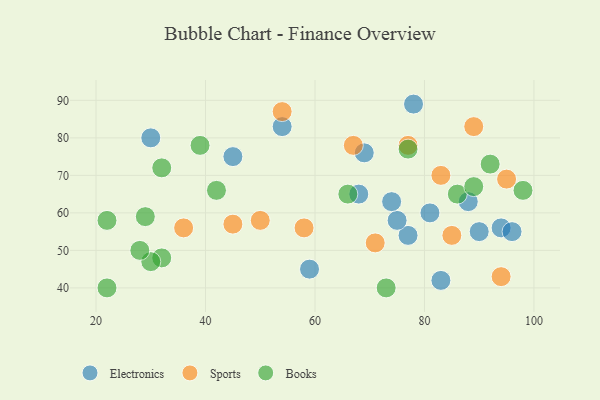
{"axis": {"x": "GDP", "y": "Life Expectancy"}, "legend": ["Books", "Electronics", "Sports"], "data": [{"x": "77", "y": 54, "type": "Electronics"}, {"x": "75", "y": 58, "type": "Electronics"}, {"x": "54", "y": 83, "type": "Electronics"}, {"x": "69", "y": 76, "type": "Electronics"}, {"x": "78", "y": 89, "type": "Electronics"}, {"x": "45", "y": 75, "type": "Electronics"}, {"x": "94", "y": 56, "type": "Electronics"}, {"x": "30", "y": 80, "type": "Electronics"}, {"x": "59", "y": 45, "type": "Electronics"}, {"x": "74", "y": 63, "type": "Electronics"}, {"x": "81", "y": 60, "type": "Electronics"}, {"x": "96", "y": 55, "type": "Electronics"}, {"x": "68", "y": 65, "type": "Electronics"}, {"x": "88", "y": 63, "type": "Electronics"}, {"x": "90", "y": 55, "type": "Electronics"}, {"x": "83", "y": 42, "type": "Electronics"}, {"x": "54", "y": 87, "type": "Sports"}, {"x": "71", "y": 52, "type": "Sports"}, {"x": "77", "y": 78, "type": "Sports"}, {"x": "94", "y": 43, "type": "Sports"}, {"x": "85", "y": 54, "type": "Sports"}, {"x": "45", "y": 57, "type": "Sports"}, {"x": "36", "y": 56, "type": "Sports"}, {"x": "50", "y": 58, "type": "Sports"}, {"x": "89", "y": 83, "type": "Sports"}, {"x": "95", "y": 69, "type": "Sports"}, {"x": "83", "y": 70, "type": "Sports"}, {"x": "58", "y": 56, "type": "Sports"}, {"x": "67", "y": 78, "type": "Sports"}, {"x": "92", "y": 73, "type": "Books"}, {"x": "22", "y": 40, "type": "Books"}, {"x": "32", "y": 72, "type": "Books"}, {"x": "98", "y": 66, "type": "Books"}, {"x": "73", "y": 40, "type": "Books"}, {"x": "32", "y": 48, "type": "Books"}, {"x": "86", "y": 65, "type": "Books"}, {"x": "30", "y": 47, "type": "Books"}, {"x": "42", "y": 66, "type": "Books"}, {"x": "29", "y": 59, "type": "Books"}, {"x": "66", "y": 65, "type": "Books"}, {"x": "22", "y": 58, "type": "Books"}, {"x": "39", "y": 78, "type": "Books"}, {"x": "89", "y": 67, "type": "Books"}, {"x": "28", "y": 50, "type": "Books"}, {"x": "77", "y": 77, "type": "Books"}]}